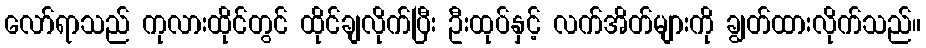
လော်ရာသည် ကုလားထိုင်တွင် ထိုင်ချလိုက်ပြီး ဦးထုပ်နှင့် လက်အိတ်များကို ချွတ်ထားလိုက်သည်။